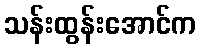
သန်းထွန်းအောင်က